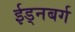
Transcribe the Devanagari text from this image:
ईड्नबर्ग